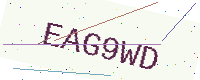
Text: EAG9WD